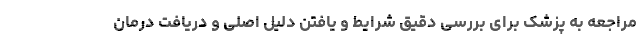
مراجعه به پزشک برای بررسی دقیق شرایط و یافتن دلیل اصلی و دریافت درمان